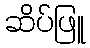
ဆိပ်ဖြူ